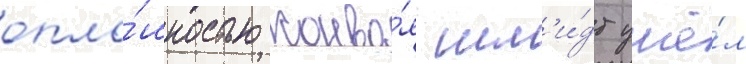
опло́шностью конво́я шм'и́дт ушё́л